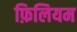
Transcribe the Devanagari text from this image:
फ़िलियम